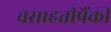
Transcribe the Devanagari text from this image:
वसाहतीपैंकी